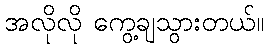
အလိုလို ကွေ့ချသွားတယ်။